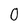
Character: 0